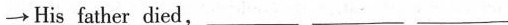
\rightarrow His father died,___ ___ ___